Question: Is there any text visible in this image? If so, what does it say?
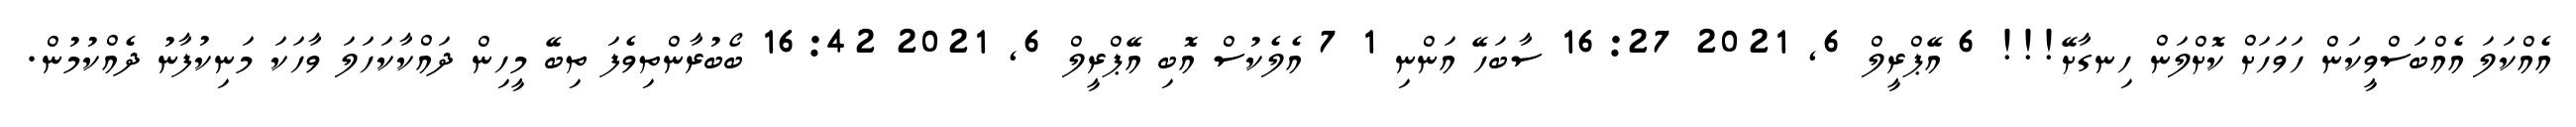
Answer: އެއްކަލަ އެއްބަސްވީކަން ހަވަހަށް ކޮށްލަން ހިނގާށޭ!!! 6 އޭޕްރީލް 6, 2021 16:27 ސާބަހޭ އަންނި 1 7 އެލެކުސް އޮބި އޭޕްރީލް 6, 2021 16:42 ބޯބުރާންތިވެފަ ތިބޭ މީހިން ދައްކާކަހަލަ ވާހަކަ މަނިކުފާނު ދެއްކުމުން.